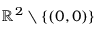
\mathbb { R } ^ { 2 } \setminus \{ ( 0 , 0 ) \}